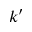
k ^ { \prime }